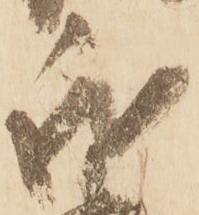
我